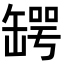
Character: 𦉅